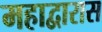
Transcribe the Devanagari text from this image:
महाद्वारास